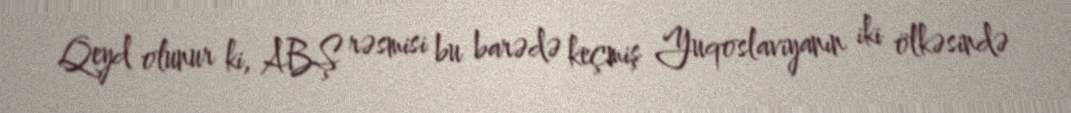
Qeyd olunur ki, ABŞ rəsmisi bu barədə keçmiş Yuqoslaviyanın iki ölkəsində